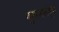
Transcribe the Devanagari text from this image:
बुरूजसदृश